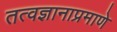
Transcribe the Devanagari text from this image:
तत्वज्ञानाप्रमाणे